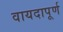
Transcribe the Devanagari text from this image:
वायदापूर्ण